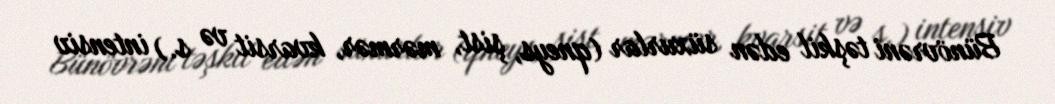
Bünövrəni təşkil edən süxurlar (qneys, şist, mərmər, kvarsit və s.) intensiv